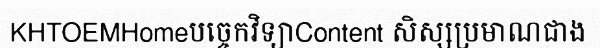
KHTOEMHomeបច្ចេកវិទ្យាContent សិស្សប្រមាណជាង